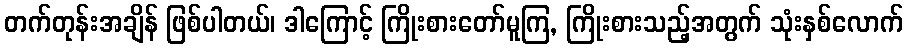
တက်တုန်းအချိန် ဖြစ်ပါတယ်၊ ဒါကြောင့် ကြိုးစားတော်မူကြ, ကြိုးစားသည့်အတွက် သုံးနှစ်လောက်